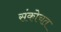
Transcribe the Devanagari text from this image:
संकोचत